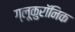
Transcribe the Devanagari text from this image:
ग्लूकुरॉनिक